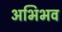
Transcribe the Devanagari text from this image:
अभिभव